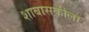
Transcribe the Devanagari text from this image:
शाबासकीला